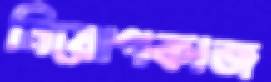
নিয়োগকাজ